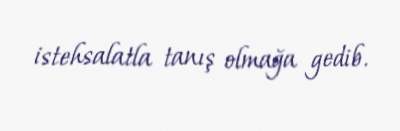
istehsalatla tanış olmağa gedib.